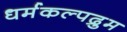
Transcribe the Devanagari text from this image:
धर्मकल्पद्रुम